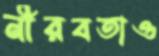
নীরবতাও